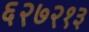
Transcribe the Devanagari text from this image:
६२७२१३